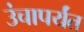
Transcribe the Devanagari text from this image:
उंचापर्यंत